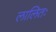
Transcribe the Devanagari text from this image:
लालितः